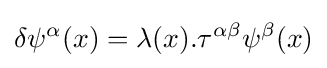
\delta \psi ^{\alpha }(x)=\lambda (x).\tau ^{\alpha \beta }\psi ^{\beta }(x)